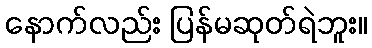
နောက်လည်း ပြန်မဆုတ်ရဲဘူး။